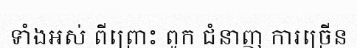
ទាំងអស់ ពីព្រោះ ពួក ជំនាញ ការច្រើន